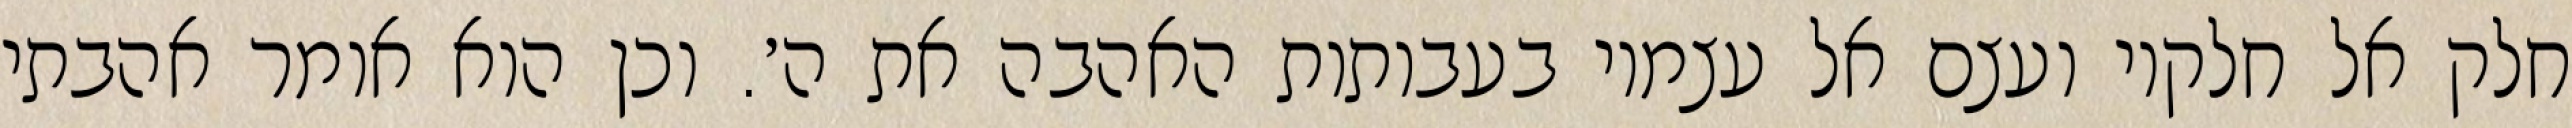
חלק אל חלקיו ועצם אל עצמיו בעבותות האהבה את ה׳. וכן הוא אומר אהבתי